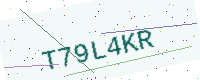
Text: T79L4KR